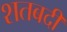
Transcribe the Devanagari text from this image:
शतबदी